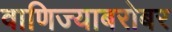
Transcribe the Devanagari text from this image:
वाणिज्याबरोबर